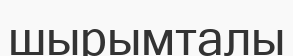
шырымталы